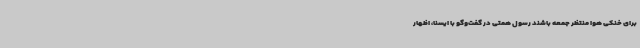
برای خنکی هوا منتظر جمعه باشند رسول همتی در گفت‌وگو با ایسنا، اظهار